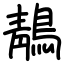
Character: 鶄